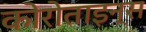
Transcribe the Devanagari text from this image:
कोरोताइन्स